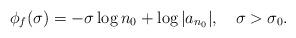
LaTeX: \begin{align*}\phi_f(\sigma)=-\sigma\log n_0+\log|a_{n_0}|,\quad\sigma>\sigma_0.\end{align*}